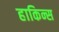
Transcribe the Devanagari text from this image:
हाकिन्स